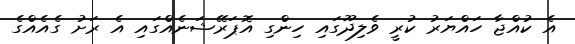
އެ ކުއްޖާ ހައްޔަރު ކުރީ ވެލިދޫގައި ހިންގި އޮޕަރޭޝަނެއްގައި އެ ރަށު ގެއެއްގެ